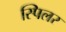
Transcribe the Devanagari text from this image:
स्पिलर